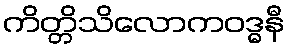
ကိတ္တိသိလောကဝဒ္ဓနီ